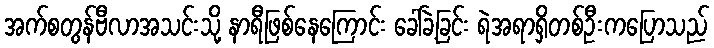
အက်စတွန်ဗီလာအသင်းသို့ နာရီဖြစ်နေကြောင်း ခေါ်ခဲ့ခြင်း ရဲအရာရှိတစ်ဦးကပြောသည်